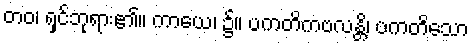
တဝ၊ ရှင်ဘုရား၏။ ကာယေ၊ ၌။ ပကတိကဗလန္တိ၊ ပကတိသော